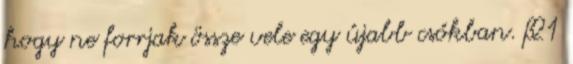
hogy ne forrjak össze vele egy újabb csókban. #21